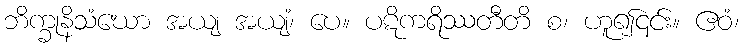
ဘိက္ခုနိသံဃော အယျ အယျံ၊ ပေ။ ပဋိကရိဿတီတိ စ၊ ဟူ၍၎င်း။ ဧဝံ၊